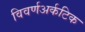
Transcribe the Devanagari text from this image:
विवर्णअर्कटिक